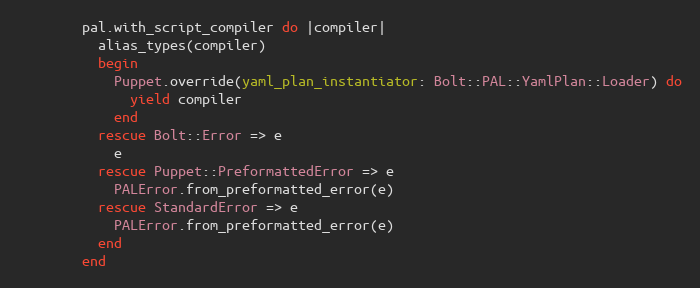
Language: Ruby
        pal.with_script_compiler do |compiler|
          alias_types(compiler)
          begin
            Puppet.override(yaml_plan_instantiator: Bolt::PAL::YamlPlan::Loader) do
              yield compiler
            end
          rescue Bolt::Error => e
            e
          rescue Puppet::PreformattedError => e
            PALError.from_preformatted_error(e)
          rescue StandardError => e
            PALError.from_preformatted_error(e)
          end
        end